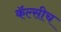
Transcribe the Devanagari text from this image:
कॅल्सीच